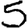
Digit: 5